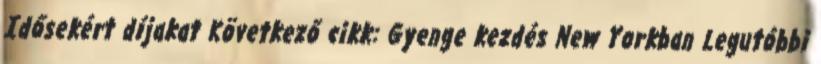
Idősekért díjakat Következő cikk: Gyenge kezdés New Yorkban Legutóbbi